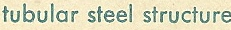
tubular stell structure